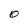
Character: O